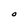
Character: O